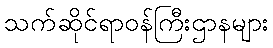
သက်ဆိုင်ရာဝန်ကြီးဌာနများ